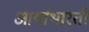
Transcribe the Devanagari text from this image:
आर्याभारती